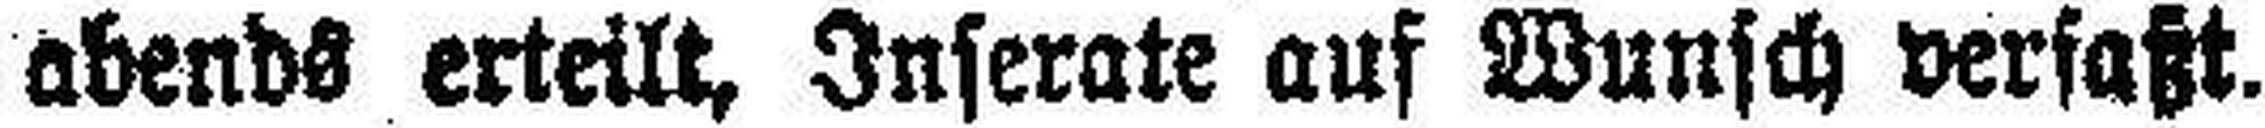
abends erteilt, Inserate auf Wunsch versaßt.